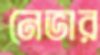
নেভার